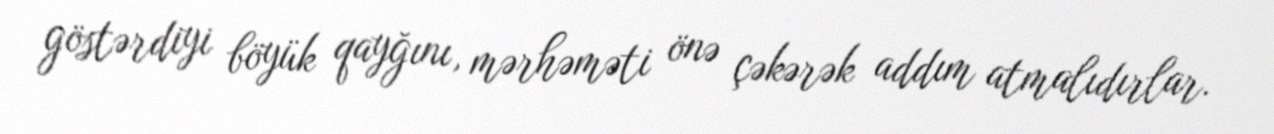
göstərdiyi böyük qayğını, mərhəməti önə çəkərək addım atmalıdırlar.